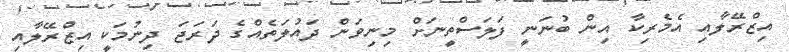
އިޒްރޭލާއި އެމެރިކާ އިން ބުނަނީ ފަލަސްތީނަށް މިނިވަން ދައުލަތެއްގެ ދަރަޖަ ދިނުމަކީ އިޒްރޭލާއި